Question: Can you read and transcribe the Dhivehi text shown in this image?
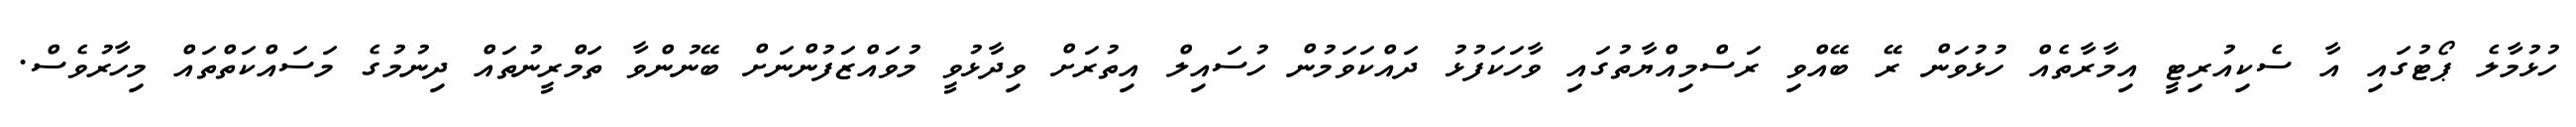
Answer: ހުޅުމާލެ ޕޯޓުގައި އާ ސެކިއުރިޓީ އިމާރާތެއް ހުޅުވަން ރޭ ބޭއްވި ރަސްމިއްޔާތުގައި ވާހަކަފުޅު ދައްކަވަމުން ހުސައިލް އިތުރަށް ވިދާޅުވީ މުވައްޒަފުންނަށް ބޭނުންވާ ތަމްރީނުތައް ދިނުމުގެ މަސައްކަތްތައް މިހާރުވެސް.